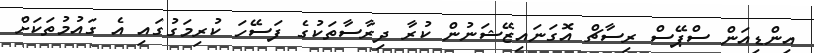
އިންޑިއަން ސްޕޭސް ރިސާޗް އޮގަނައިޒޭޝަނުން ކުރާ ދިރާސާތަކުގެ ފަސޭހަ ކުރިމަގުގައި އެ ގައުމުތަކަށް